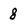
Character: 8